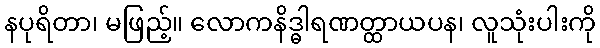
နပုရိတာ၊ မဖြည့်။ လောကနိဒ္ဓါရဏတ္ထာယပန၊ လူသုံးပါးကို